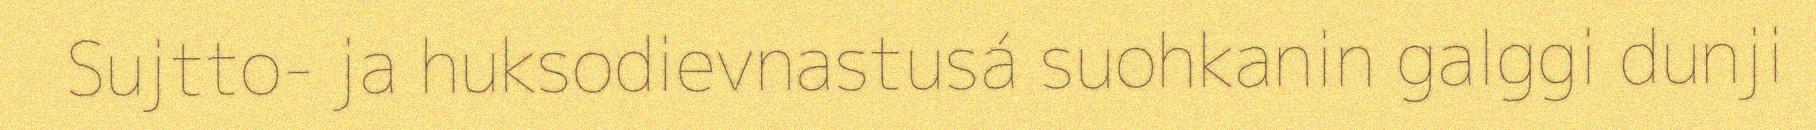
Sujtto- ja huksodievnastusá suohkanin galggi dunji